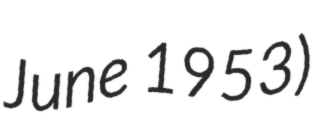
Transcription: June 1953)